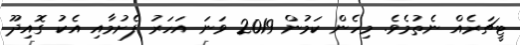
ޓީޗަރެއް ނެތުމެވެ. މިހެން ކަމުން 2019 ވަނަ އަހަރު ފެށުމާއި އެކު ގޮއިދޫ